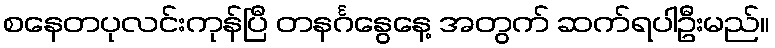
စနေတပုလင်းကုန်ပြီ တနင်္ဂနွေနေ့ အတွက် ဆက်ရပါဦးမည်။